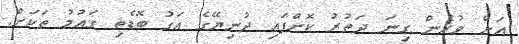
އަށް ވުރެން ގިނަ ދަތުރު ކޮށްފައި ދުނިޔޭގެ އަގު ބޮޑެތި ގައުމު ތަކަށް.